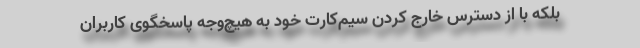
بلکه با از دسترس خارج کردن سیم‌کارت خود به‌ هیچ‌وجه پاسخگوی کاربران